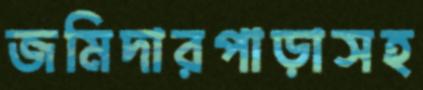
জমিদারপাড়াসহ